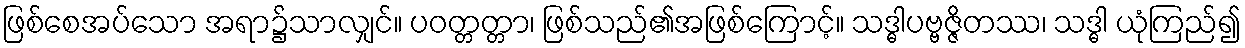
ဖြစ်စေအပ်သော အရာ၌သာလျှင်။ ပဝတ္တတ္တာ၊ ဖြစ်သည်၏အဖြစ်ကြောင့်။ သဒ္ဓါပဗ္ဗဇ္ဇိတဿ၊ သဒ္ဓါ ယုံကြည်၍